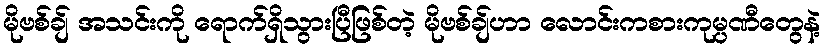
မိုဗစ်ချ် အသင်းကို ရောက်ရှိသွားပြီဖြစ်တဲ့ မိုဗစ်ချ်ဟာ လောင်းကစားကုမ္ပဏီတွေနဲ့